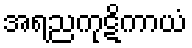
အရညကုဋိကာယံ